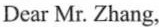
Dear Mr.Zhang，